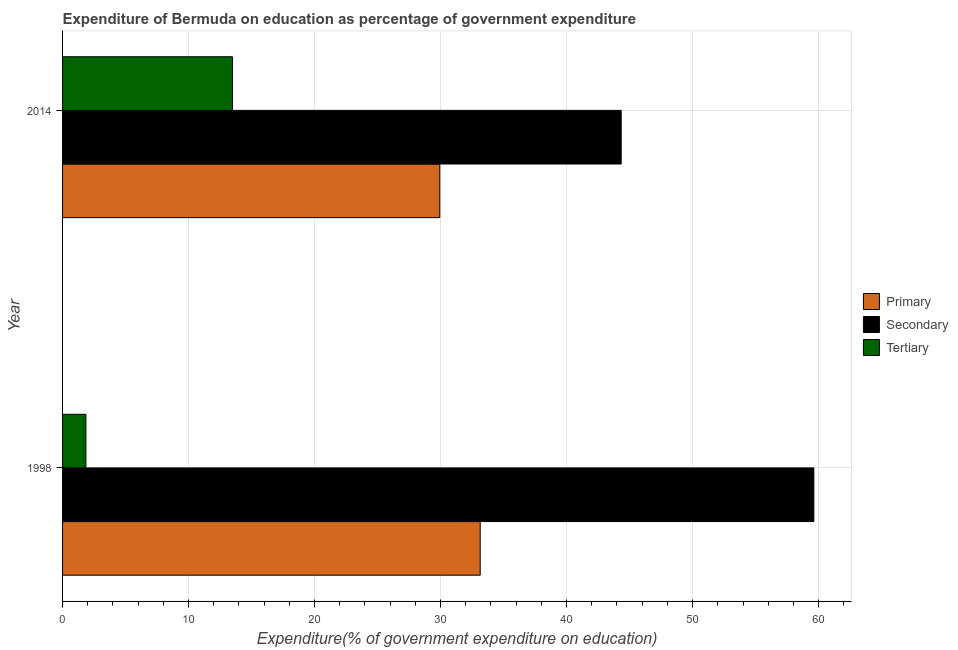
| Year | Primary | Secondary | Tertiary |
 | --- | --- | --- | --- |
 | 1998 | 33.1 | 59.6 | 1.85 |
 | 2014 | 29.9 | 44.3 | 13.5 |